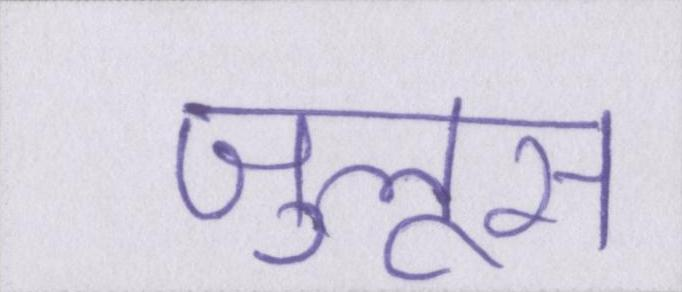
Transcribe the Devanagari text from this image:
जुलूस